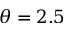
\theta = 2 . 5